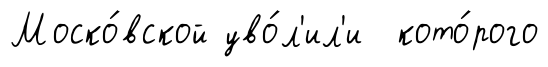
Моско́вской уво́л'ил'и кото́рого